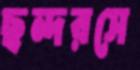
ছন্দরসে